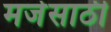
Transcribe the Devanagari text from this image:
मजेसाठी